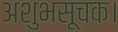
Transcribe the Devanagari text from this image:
अशुभसूचक।